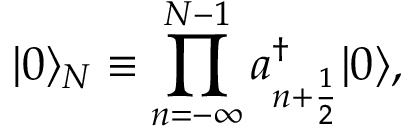
| 0 \rangle _ { N } \equiv \prod _ { n = - \infty } ^ { N - 1 } a _ { n + { \frac { 1 } { 2 } } } ^ { \dagger } | 0 \rangle ,